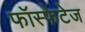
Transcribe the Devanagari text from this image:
फॉस्फेटेज